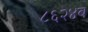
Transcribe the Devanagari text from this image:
८६२४ब